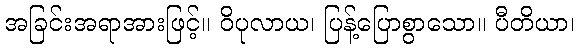
အခြင်းအရာအားဖြင့်။ ဝိပုလာယ၊ ပြန့်ပြောစွာသော။ ပီတိယာ၊